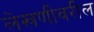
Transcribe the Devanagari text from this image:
लेखणीवरील